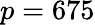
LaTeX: p=675